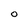
Character: O